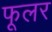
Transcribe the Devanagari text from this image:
फूलर